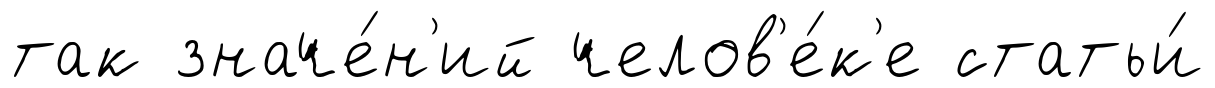
так значе́н'ий челов'е́к'е статьи́